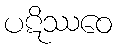
ပဋိဿဝေ